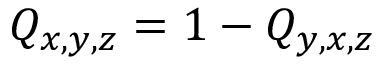
Q _ { x , y , z } = 1 - Q _ { y , x , z }